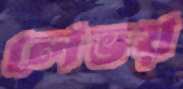
লেভয়